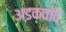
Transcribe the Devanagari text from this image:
अडकवावे